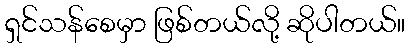
ရှင်သန်စေမှာ ဖြစ်တယ်လို့ ဆိုပါတယ်။